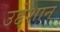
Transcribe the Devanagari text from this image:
उद्देशान